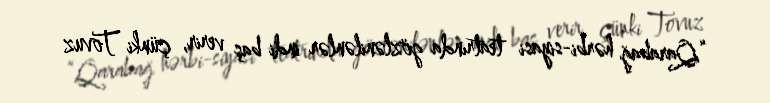
“Qarabağ hərbi-siyasi teatrında gözlənilənlər indi baş verir, çünki Tovuz